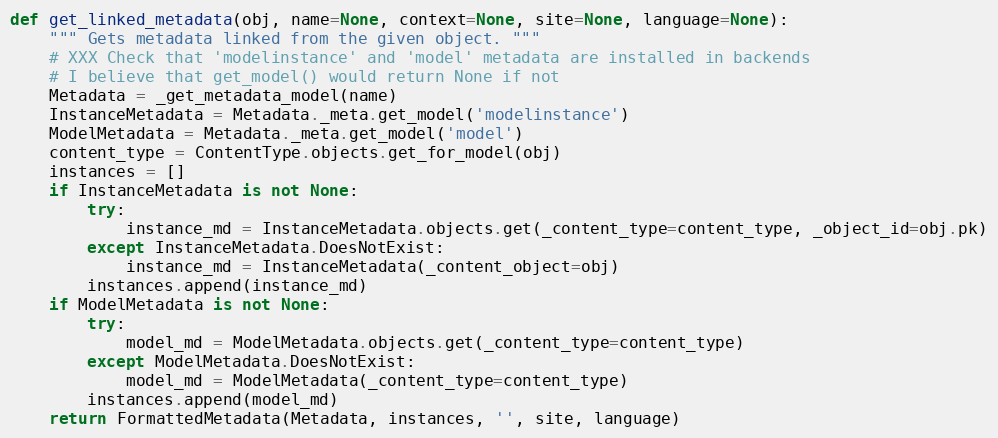
Language: Python
def get_linked_metadata(obj, name=None, context=None, site=None, language=None):
    """ Gets metadata linked from the given object. """
    # XXX Check that 'modelinstance' and 'model' metadata are installed in backends
    # I believe that get_model() would return None if not
    Metadata = _get_metadata_model(name)
    InstanceMetadata = Metadata._meta.get_model('modelinstance')
    ModelMetadata = Metadata._meta.get_model('model')
    content_type = ContentType.objects.get_for_model(obj)
    instances = []
    if InstanceMetadata is not None:
        try:
            instance_md = InstanceMetadata.objects.get(_content_type=content_type, _object_id=obj.pk)
        except InstanceMetadata.DoesNotExist:
            instance_md = InstanceMetadata(_content_object=obj)
        instances.append(instance_md)
    if ModelMetadata is not None:
        try:
            model_md = ModelMetadata.objects.get(_content_type=content_type)
        except ModelMetadata.DoesNotExist:
            model_md = ModelMetadata(_content_type=content_type)
        instances.append(model_md)
    return FormattedMetadata(Metadata, instances, '', site, language)